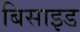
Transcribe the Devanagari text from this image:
बिसाइड